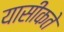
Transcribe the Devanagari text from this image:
यासीकते